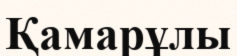
Қамарұлы